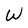
Character: W